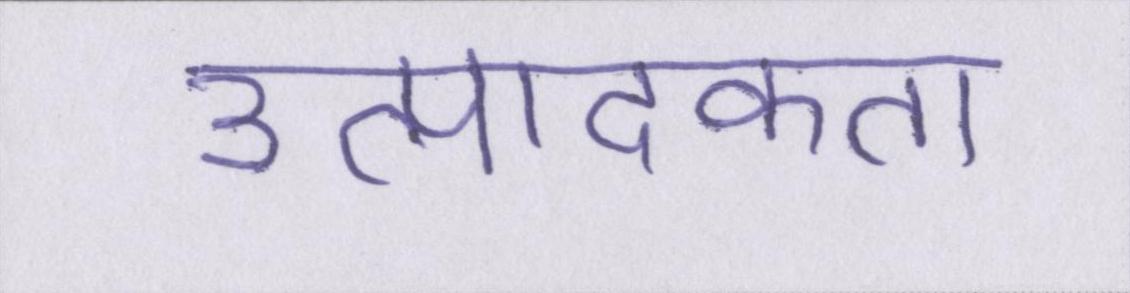
उत्पादकता